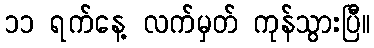
၁၁ ရက်နေ့ လက်မှတ် ကုန်သွားပြီ။